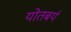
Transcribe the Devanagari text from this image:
योतबर्य